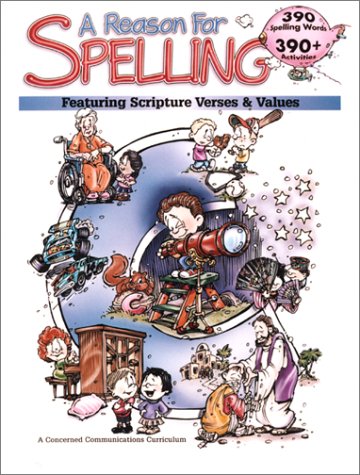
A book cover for A Reason for Spelling: Student Workbook Level C (Reason for Spelling: Level C); Rebecca Burton; Reference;